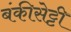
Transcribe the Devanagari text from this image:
बंकीसेट्टी